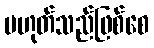
မဟုတ်သည်ဖြစ်စေ